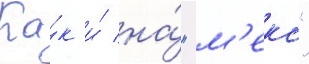
Ка́к и́ на́ "м'еко"